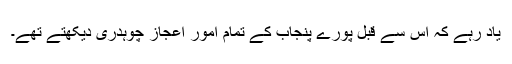
یاد رہے کہ اس سے قبل پورے پنجاب کے تمام امور اعجاز چوہدری دیکھتے تھے۔